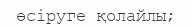
өсіруге қолайлы;